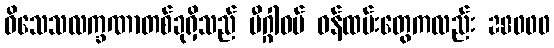
ဝိသေသလက္ခဏာတစ်ခုရှိသည် မီဂ္ဂါဝပ် ဝန်ထမ်းတွေကလည်း 28000